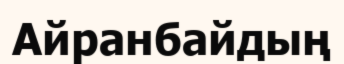
Айранбайдың